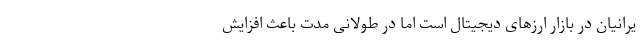
یرانیان در بازار ارزهای دیجیتال است اما در طولانی مدت باعث افزایش